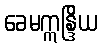
ခေမဣန္ဒြိယ